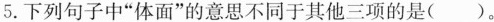
5.下列句子中”体面”的意思不同于其他三项的是（）。